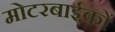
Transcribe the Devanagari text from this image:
मोटरबाईकों